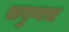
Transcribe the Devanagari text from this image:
सगुणच